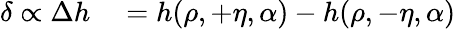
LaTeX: \begin{array}{rl}{\delta\propto\Delta h}&{{}=h(\rho,+\eta,\alpha)-h(\rho,-\eta,\alpha)}\end{array}